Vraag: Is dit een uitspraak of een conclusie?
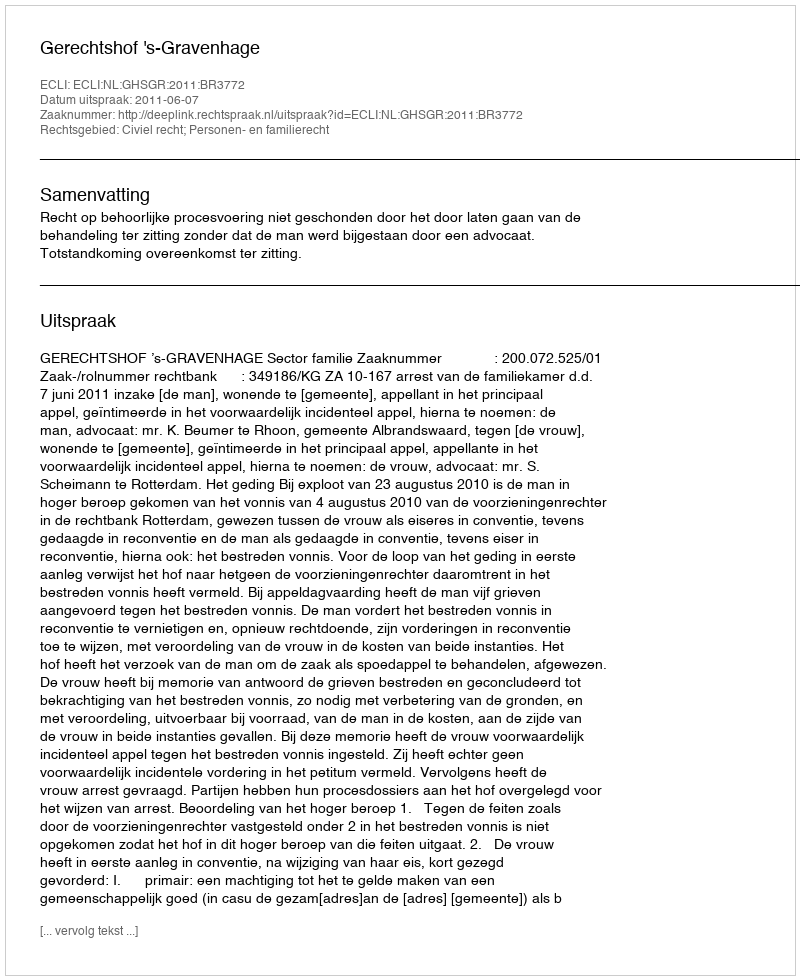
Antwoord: Uitspraak